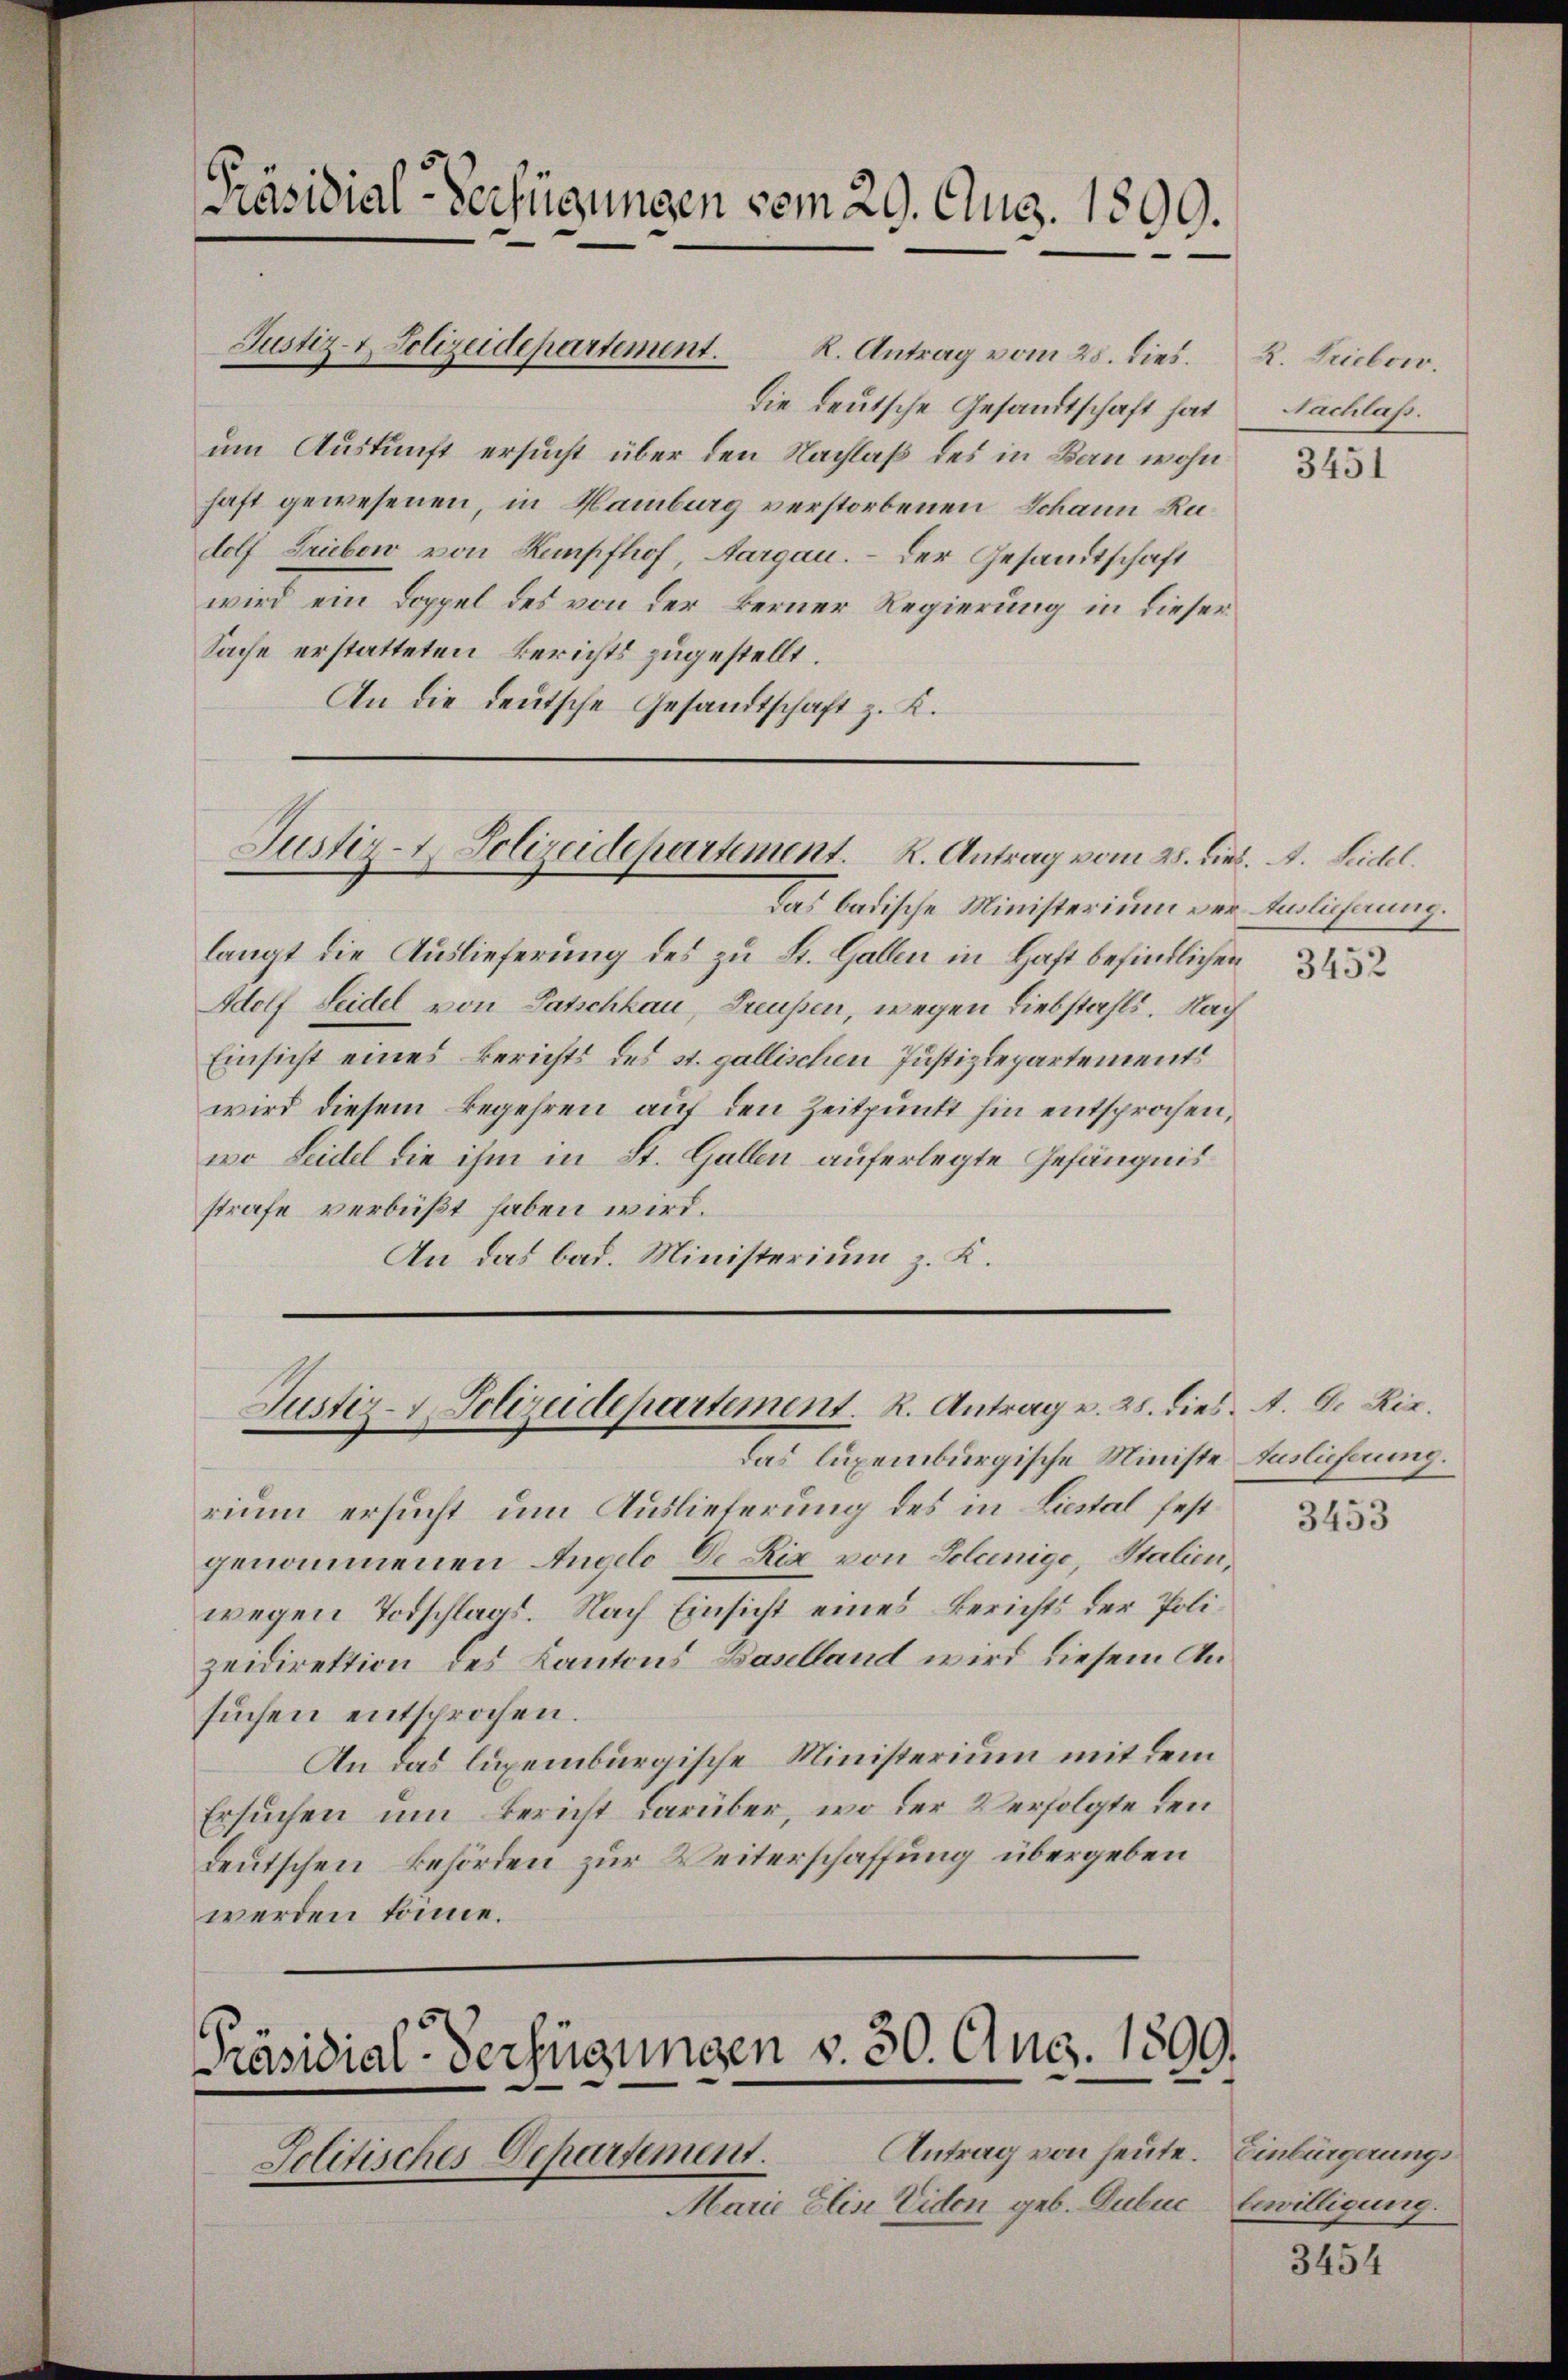
Präsidial-Verfügungen vom 29. Aug. 1899.

um Auskunft ersucht über den Nachlaß des in Bau wohn
haft gewesenen, in Hamburg verstorbenen Schann Rudolf Trieben von Kempfhof, Aargau. – Der Gesandtschaft
wird ein Doppel des von der Berner Regierung in dieser
Sache erstatteten Berichts zugestellt.
An die deutsche Gesandtschaft z. K.

Justiz- & Polizeidepartement. K. Antrag vom 25. dies.

die deutsche Gesandtschaft hat

Justiz- & Polizeidepartement. K. Antrag vom 28. Dieb. A. Seidel.

rium ersucht um Auslieferung des in Liestal festgenommenen Angelo De Rix von Soleinige, Stalien,
wegen Todschlags. Nach Einsicht eines Berichts der Polizeidirektion des Kantons Baselland wird diesem Ansuchen entsprochen.
An das luxemburgische Ministerium mit dem
Ersuchen um Bericht darüber, wo der Verfolgte den
deutschen Behörden zur Weiterschaffung übergeben
werden könne.

Marie Elise Viden geb. Gubuc

Das badische Ministerium vor Auslicherung.
langt die Auslieferung des zu St. Gallen in Haft befindlichen
Adolf Seidel von Patschkau, Freussen, wegen Liebstahls. Nach
Einsicht eines Berichts des st. gallischen Justizdepartements
wird diesem Begehren auf den Zeitpunkt hin entsprochen,
wo Leidel die ihm in St. Gallen auferlegte Gefängnis
strafe verbüßt haben wird.
An das bad. Ministerium z. K.

Justiz- Polizeidepartement. R. Antrag v. 25. dies. A. G. Ric
Das luxenburgische Ministe Auslieferung.

Präsidial-Verfügungen v. 30. Aug. 1899
e
Antrag von heute. Einbürgerungs¬
Jolitisches Departement.

R. Triebow.
Nachlass.

3451

3452

3453

bewilligung.

3454